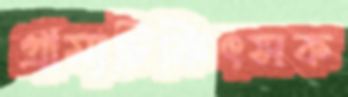
গ্রাম্যচিকিৎসক